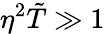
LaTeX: \eta^{2}\tilde{T}\gg 1